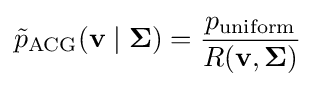
{\tilde {p}}_{\text{ACG}}(\mathbf {v} \mid {\boldsymbol {\Sigma }})={\frac {p_{\text{uniform}}}{R(\mathbf {v} ,{\boldsymbol {\Sigma }})}}